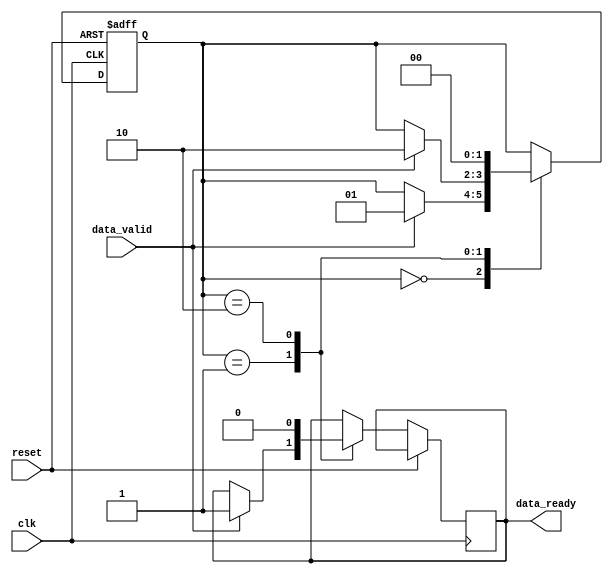
module timing_control_and_sync (
    input wire clk,
    input wire reset,
    input wire data_valid,
    output reg data_ready
);

reg [1:0] state;

// States for timing control and synchronization
parameter IDLE = 2'b00;
parameter WAIT_FOR_VALID = 2'b01;
parameter DATA_TRANSFER = 2'b10;

always @(posedge clk or posedge reset) begin
    if (reset) begin
        state <= IDLE;
    end else begin
        case (state)
            IDLE: begin
                if (data_valid) begin
                    state <= WAIT_FOR_VALID;
                end
            end
            WAIT_FOR_VALID: begin
                if (data_valid) begin
                    state <= DATA_TRANSFER;
                    data_ready <= 1'b1;
                end
            end
            DATA_TRANSFER: begin
                // Data transfer logic
                data_ready <= 1'b0;
                state <= IDLE;
            end
        endcase
    end
end

endmodule